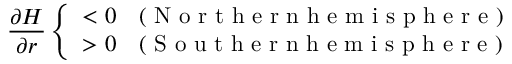
\frac { \partial H } { \partial r } \left\{ { \begin{array} { l l } { < 0 } & { ( \mathrm { ~ N ~ o ~ r ~ t ~ h ~ e ~ r ~ n ~ h ~ e ~ m ~ i ~ s ~ p ~ h ~ e ~ r ~ e ~ } ) } \\ { > 0 } & { ( \mathrm { ~ S ~ o ~ u ~ t ~ h ~ e ~ r ~ n ~ h ~ e ~ m ~ i ~ s ~ p ~ h ~ e ~ r ~ e ~ } ) } \end{array} } \right.